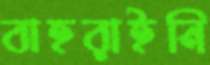
বাহরাইনি